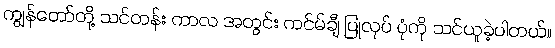
ကျွန်တော်တို့ သင်တန်း ကာလ အတွင်း ကင်မ်ချီ ပြုလုပ် ပုံကို သင်ယူခဲ့ပါတယ်။